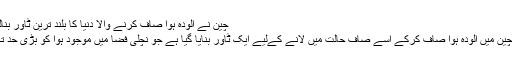
چین نے آلودہ ہوا صاف کرنے والا دنیا کا بلند ترین ٹاور بنالیا ‹ Saria News
بیجنگ(ساریہ نیوز) چین میں آلودہ ہوا صاف کرکے اسے صاف حالت میں لانے کےلیے ایک ٹاور بنایا گیا ہے جو نچلی فضا میں موجود ہوا کو بڑی حد تک صاف کردیتا ہے۔